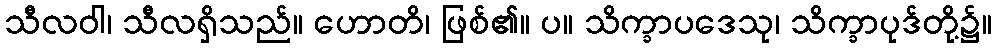
သီလဝါ၊ သီလရှိသည်။ ဟောတိ၊ ဖြစ်၏။ ပ။ သိက္ခာပဒေသု၊ သိက္ခာပုဒ်တို့၌။